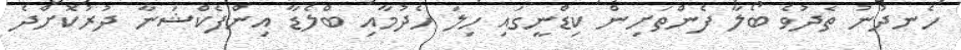
ހެނދުނު ތެދުވެ ބޯލާ ފެންތަށިން ކިޑްނީގައި ހިލަ ހެދުމާއި ބްލެޑާ އިންފެކްޝަނާ ދުރުކޮށްދެ